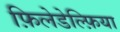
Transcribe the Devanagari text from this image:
फ़िलेडेल्फ़िया